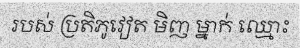
របស់ ប្រតិភូវៀត មិញ ម្នាក់ ឈ្មោះ